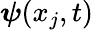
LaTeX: \boldsymbol{\psi}(x_{j},t)